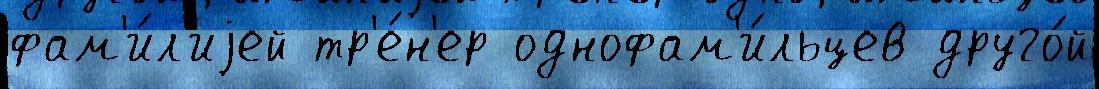
фам'и́л'иjей тр'е́н'ер однофам'и́льцев друго́й